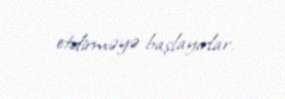
etdirməyə başlayırlar.